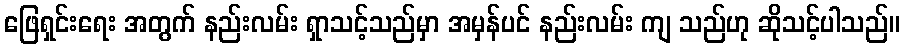
ဖြေရှင်းရေး အတွက် နည်းလမ်း ရှာသင့်သည်မှာ အမှန်ပင် နည်းလမ်း ကျ သည်ဟု ဆိုသင့်ပါသည်။